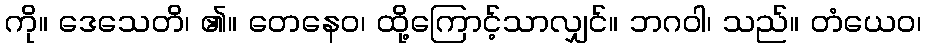
ကို။ ဒေသေတိ၊ ၏။ တေနေဝ၊ ထို့ကြောင့်သာလျှင်။ ဘဂဝါ၊ သည်။ တံယေဝ၊